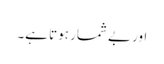
اور بے شمار ہوتا ہے۔